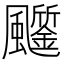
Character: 𩙗